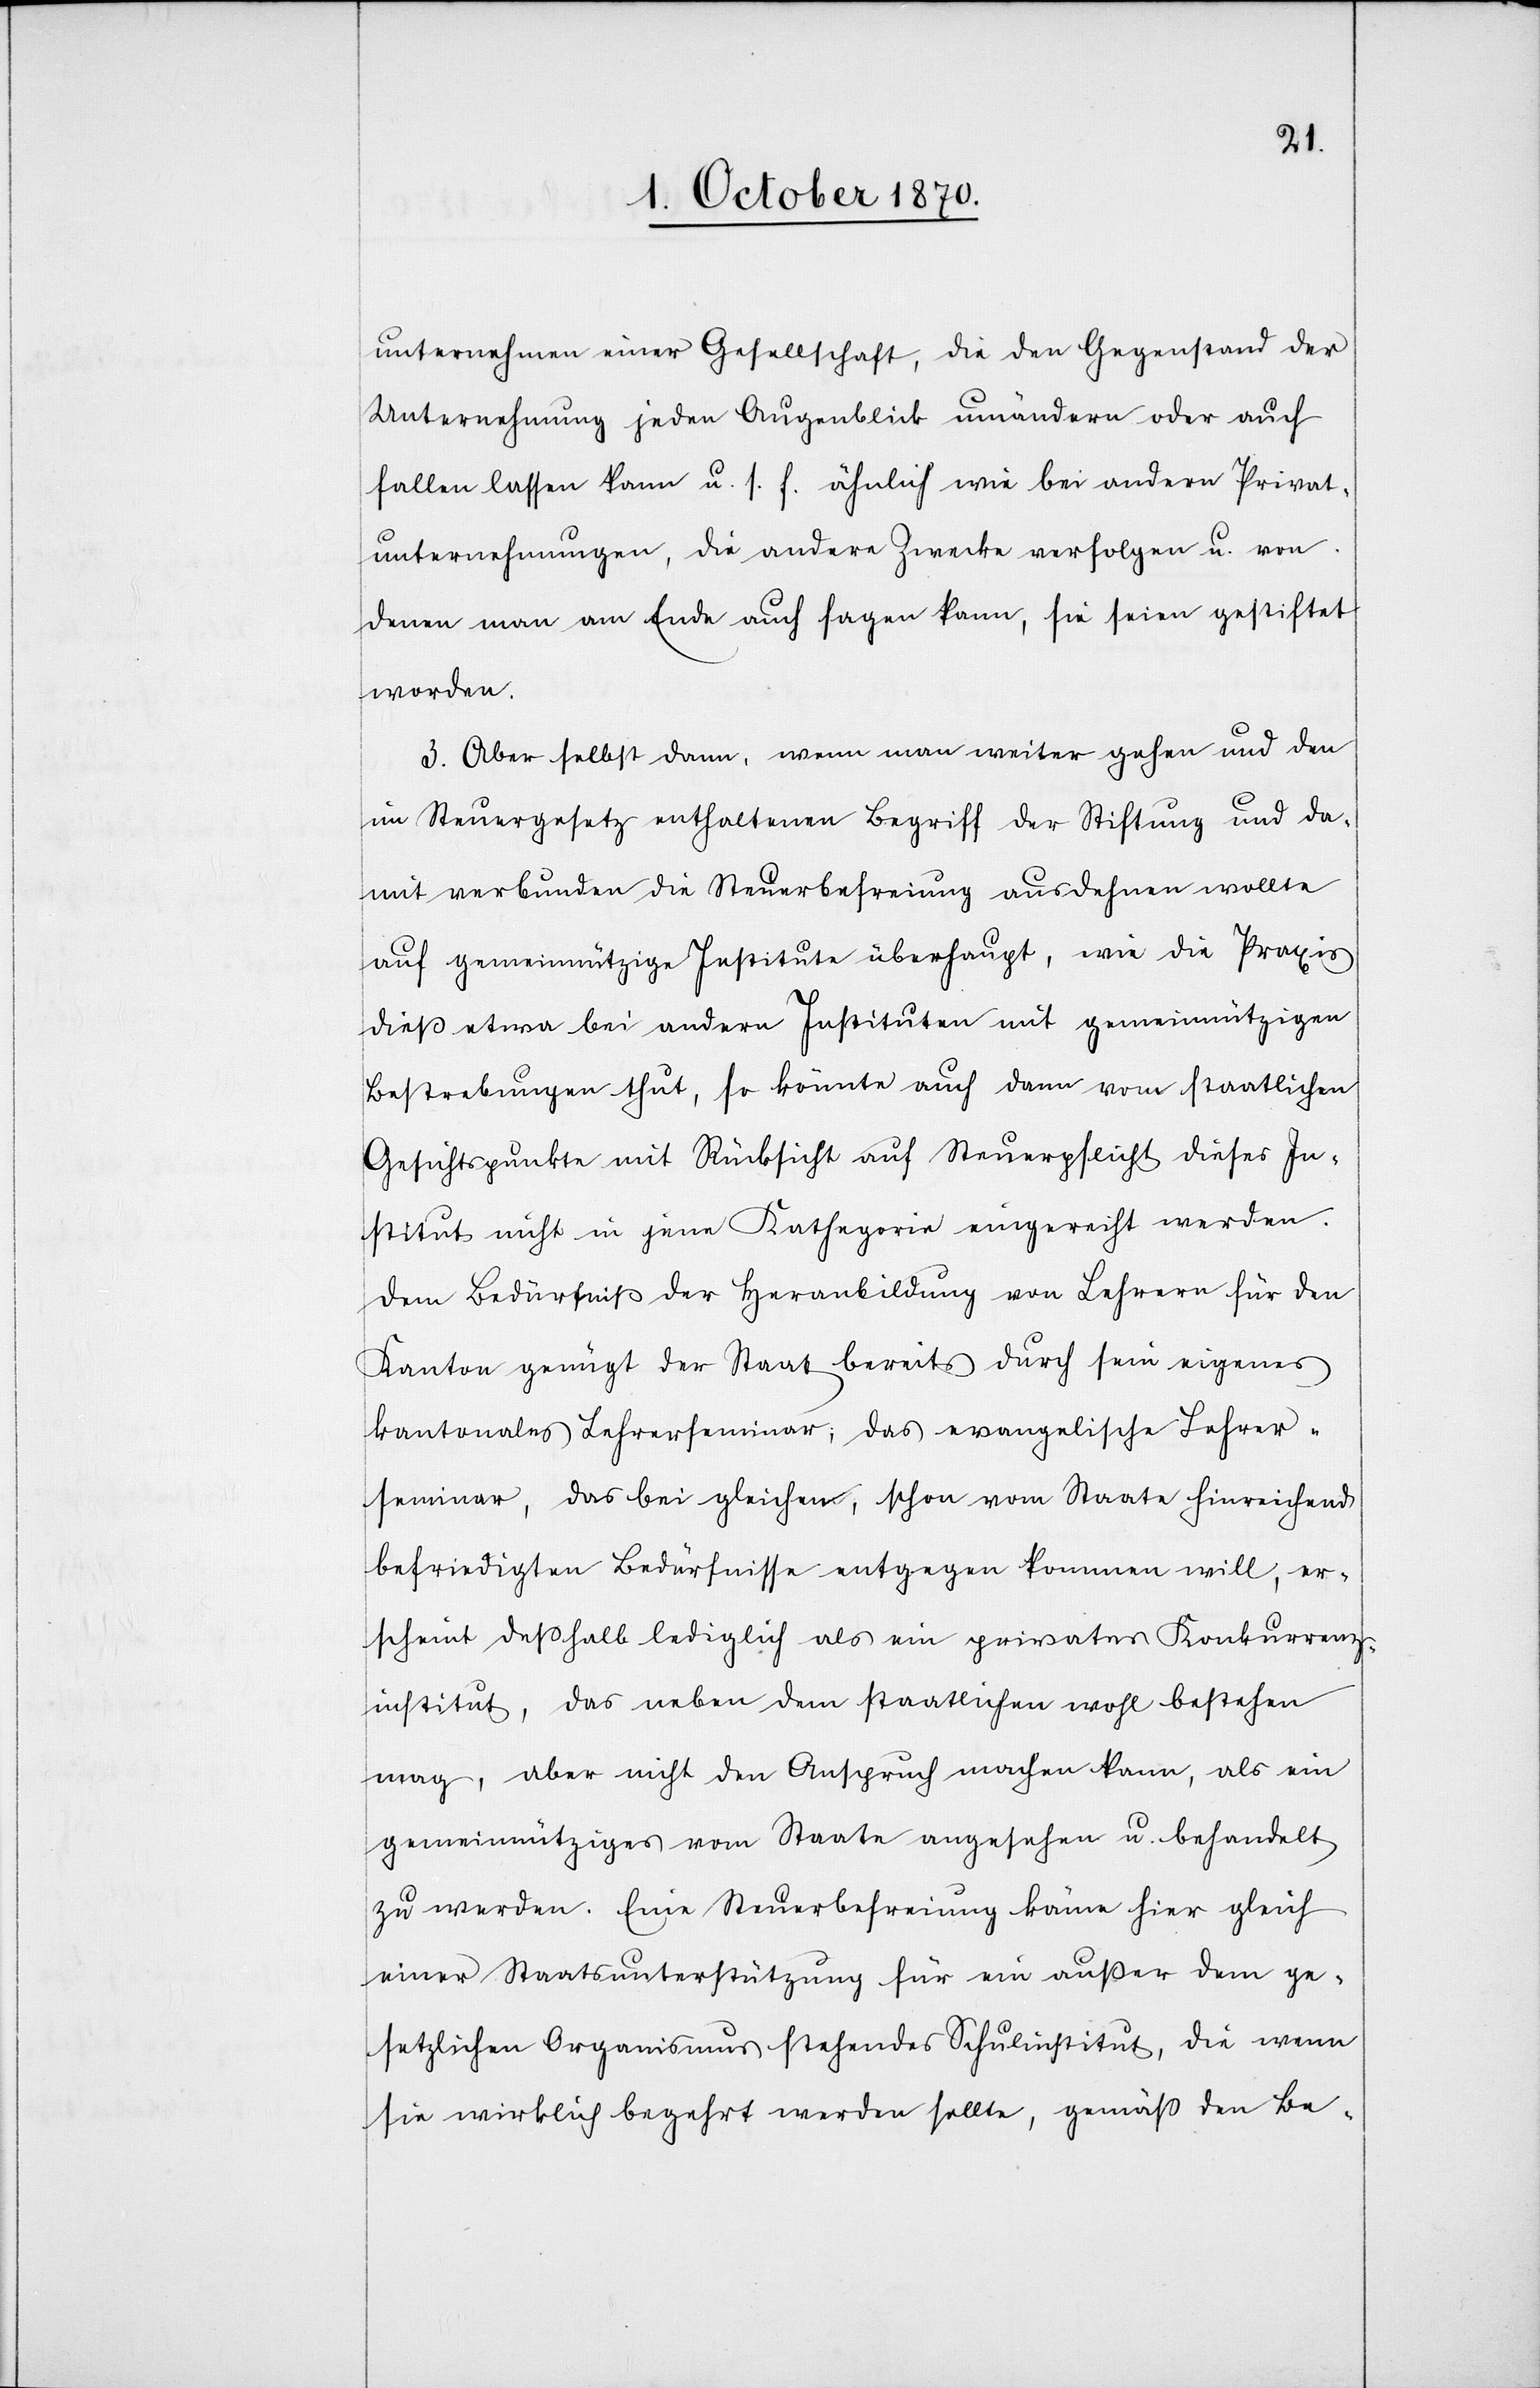
unternehmen einer Gesellschaft, die den Gegenstand der
Unternehmung jeden Augenblick umändern oder auch
fallen lassen kann u. s. f. ähnlich wie bei andern Privat¬
unternehmungen, die andere Zwecke verfolgen u. von
denen man am Ende auch sagen kann, sie seien gestiftet
worden.
3. Aber selbst dann, wenn man weiter gehen und den
im Steuergesetz enthaltenen Begriff der Stiftung und da¬
mit verbunden die Steuerbefreiung ausdehnen wollte
auf gemeinnützige Institute überhaupt, wie die Praxis
dieß etwa bei andern Instituten mit gemeinnützigen
Bestrebungen thut, so könnte auch dann vom staatlichen
Gesichtspunkte mit Rücksicht auf Steuerpflicht dieses In¬
stitut nicht in jene Kategorie eingereiht werden.
Dem Bedürfniß der Heranbildung von Lehrern für den
Kanton genügt der Staat bereits durch sein eigenes
kantonales Lehrerseminar; das evangelische Lehrer¬
seminar, das bei gleichen, schon vom Staate hinreichend
befriedigten Bedürfnisse entgegen kommen will, er¬
scheint deßhalb lediglich als ein privates Konkurrenz¬
institut, das neben dem staatlichen wohl bestehen
mag, aber nicht den Anspruch machen kann, als ein
gemeinnütziges vom Staate angesehen u. behandelt
zu werden. Eine Steuerbefreiung könne hier gleich
einer Staatsunterstützung für ein außer dem ge¬
setzlichen Organismus stehendes Schulinstitut, die wenn
sie wirklich begehrt werden sollte, gemäß den Be-